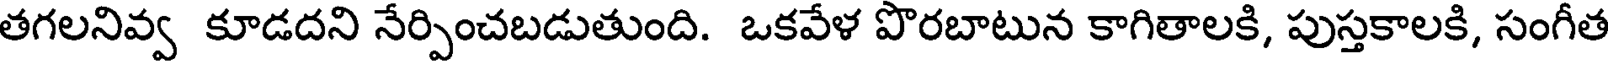
తగలనివ్వ కూడదని నేర్పించబడుతుంది. ఒకవేళ పొరబాటున కాగితాలకి, పుస్తకాలకి, సంగీత